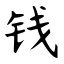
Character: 钱